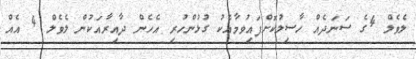
ލެވެލް 4ގެ ސަނަދެއް ހާސިލުކޮށްފައިވުމާއެކު ގުޅުންހުރި އެހެން ދާއިރާއަކުން ލެވެލް 4 އެއް